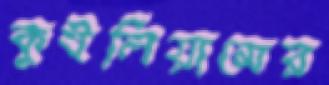
কুইলিয়ামের